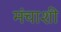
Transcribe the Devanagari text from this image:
मंचाशी